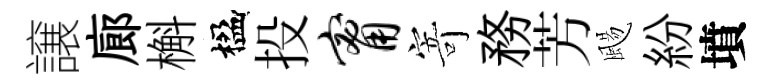
譲廊槲楹投甯寄務芳颺紛墳